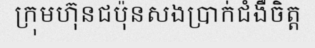
ក្រុមហ៊ុនជប៉ុនសងប្រាក់ជំងឺចិត្ត